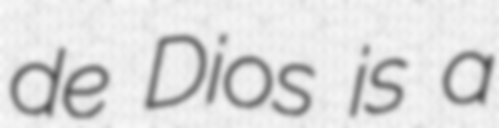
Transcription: de Dios is a